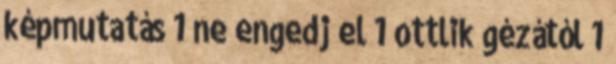
képmutatás 1 ne engedj el 1 ottlik gézától 1